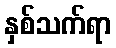
နှစ်သက်ရာ